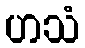
ဟသံ